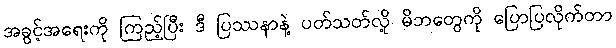
အခွင့်အရေးကို ကြည့်ပြီး ဒီ ပြဿနာနဲ့ ပတ်သတ်လို့ မိဘတွေကို ပြောပြလိုက်တာ